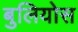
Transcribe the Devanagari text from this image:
बुलियोस